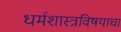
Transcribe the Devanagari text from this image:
धर्मशास्त्रविषयाचा